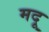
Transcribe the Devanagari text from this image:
मदू